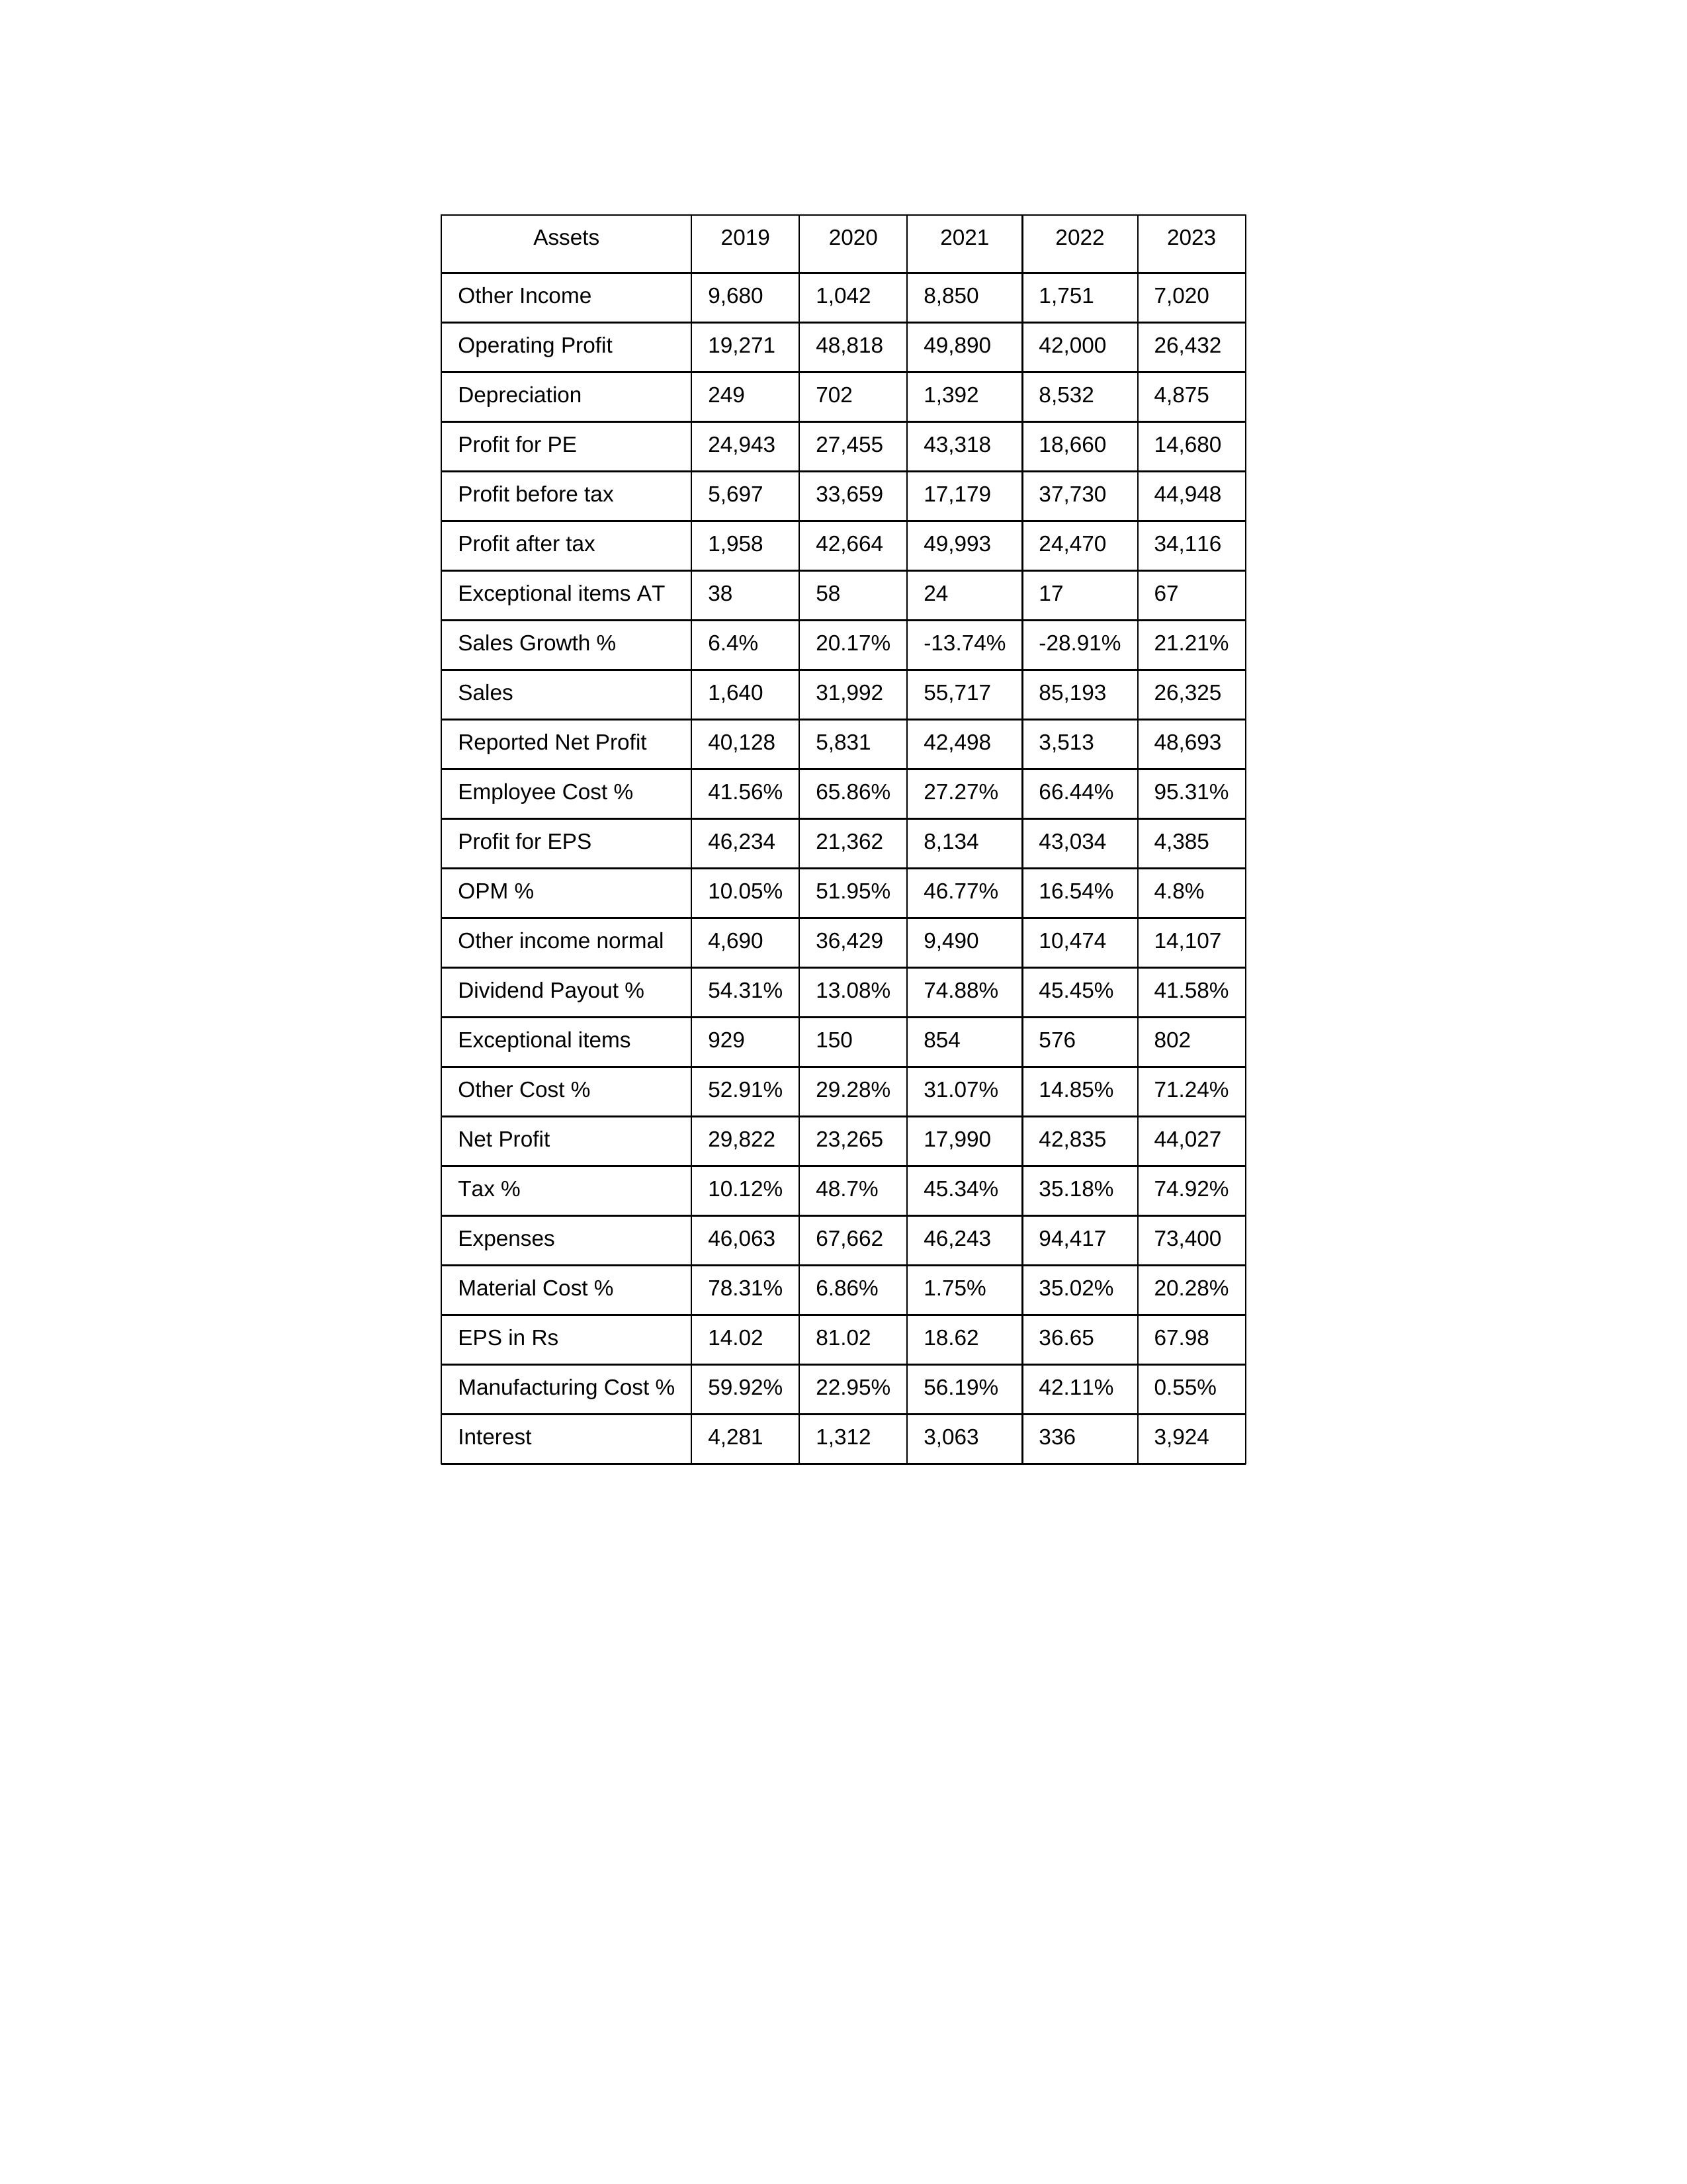
gt_parse: 2019: Sales: 1,640
Sales Growth %: 6.4%
Expenses: 46,063
Material Cost %: 78.31%
Manufacturing Cost %: 59.92%
Employee Cost %: 41.56%
Other Cost %: 52.91%
Operating Profit: 19,271
OPM %: 10.05%
Other Income: 9,680
Exceptional items: 929
Other income normal: 4,690
Interest: 4,281
Depreciation: 249
Profit before tax: 5,697
Tax %: 10.12%
Net Profit: 29,822
Profit after tax: 1,958
Reported Net Profit: 40,128
Profit for EPS: 46,234
Exceptional items AT: 38
Profit for PE: 24,943
EPS in Rs: 14.02
Dividend Payout %: 54.31%
2020: Sales: 31,992
Sales Growth %: 20.17%
Expenses: 67,662
Material Cost %: 6.86%
Manufacturing Cost %: 22.95%
Employee Cost %: 65.86%
Other Cost %: 29.28%
Operating Profit: 48,818
OPM %: 51.95%
Other Income: 1,042
Exceptional items: 150
Other income normal: 36,429
Interest: 1,312
Depreciation: 702
Profit before tax: 33,659
Tax %: 48.7%
Net Profit: 23,265
Profit after tax: 42,664
Reported Net Profit: 5,831
Profit for EPS: 21,362
Exceptional items AT: 58
Profit for PE: 27,455
EPS in Rs: 81.02
Dividend Payout %: 13.08%
2021: Sales: 55,717
Sales Growth %: -13.74%
Expenses: 46,243
Material Cost %: 1.75%
Manufacturing Cost %: 56.19%
Employee Cost %: 27.27%
Other Cost %: 31.07%
Operating Profit: 49,890
OPM %: 46.77%
Other Income: 8,850
Exceptional items: 854
Other income normal: 9,490
Interest: 3,063
Depreciation: 1,392
Profit before tax: 17,179
Tax %: 45.34%
Net Profit: 17,990
Profit after tax: 49,993
Reported Net Profit: 42,498
Profit for EPS: 8,134
Exceptional items AT: 24
Profit for PE: 43,318
EPS in Rs: 18.62
Dividend Payout %: 74.88%
2022: Sales: 85,193
Sales Growth %: -28.91%
Expenses: 94,417
Material Cost %: 35.02%
Manufacturing Cost %: 42.11%
Employee Cost %: 66.44%
Other Cost %: 14.85%
Operating Profit: 42,000
OPM %: 16.54%
Other Income: 1,751
Exceptional items: 576
Other income normal: 10,474
Interest: 336
Depreciation: 8,532
Profit before tax: 37,730
Tax %: 35.18%
Net Profit: 42,835
Profit after tax: 24,470
Reported Net Profit: 3,513
Profit for EPS: 43,034
Exceptional items AT: 17
Profit for PE: 18,660
EPS in Rs: 36.65
Dividend Payout %: 45.45%
2023: Sales: 26,325
Sales Growth %: 21.21%
Expenses: 73,400
Material Cost %: 20.28%
Manufacturing Cost %: 0.55%
Employee Cost %: 95.31%
Other Cost %: 71.24%
Operating Profit: 26,432
OPM %: 4.8%
Other Income: 7,020
Exceptional items: 802
Other income normal: 14,107
Interest: 3,924
Depreciation: 4,875
Profit before tax: 44,948
Tax %: 74.92%
Net Profit: 44,027
Profit after tax: 34,116
Reported Net Profit: 48,693
Profit for EPS: 4,385
Exceptional items AT: 67
Profit for PE: 14,680
EPS in Rs: 67.98
Dividend Payout %: 41.58%